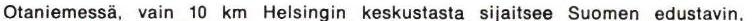
Otaniemessä, vain 10 km Helsingin keskustasta sijaitsee Suomen edustavin,